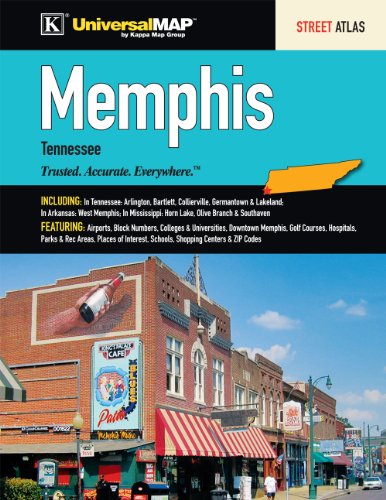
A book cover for Memphis, TN Atlas; Kappa Map Group; Travel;